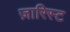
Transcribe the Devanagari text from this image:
ज़ारिस्ट